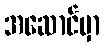
အဆောင်မှာ